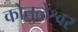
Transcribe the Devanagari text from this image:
कोतुळेश्वर